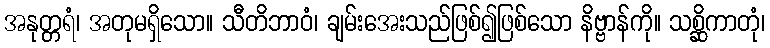
အနုတ္တရံ၊ အတုမရှိသော။ သီတိဘာဝံ၊ ချမ်းအေးသည်ဖြစ်၍ဖြစ်သော နိဗ္ဗာန်ကို။ သစ္ဆိကာတုံ၊